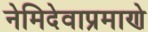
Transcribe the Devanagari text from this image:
नेमिदेवाप्रमाणे